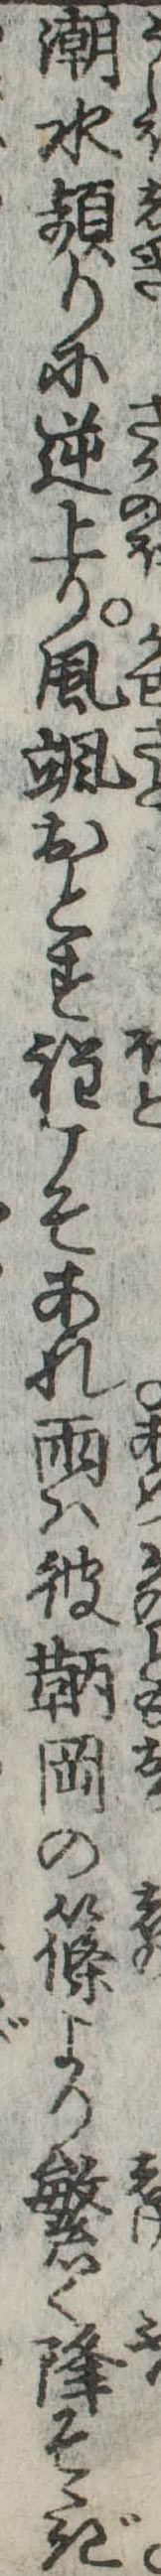
潮水頻りに逆上り風颯おとす程こそあれ雨は彼鞆岡の篠より繁く降そゝぎ